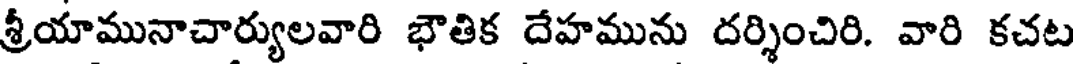
శ్రీయామునాచార్యులవారి భౌతిక దేహమును దర్శించిరి. వారి కచట